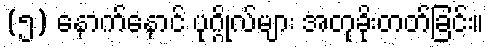
(၅) နောက်နောင် ပုဂ္ဂိုလ်များ အတုခိုးတတ်ခြင်း။